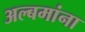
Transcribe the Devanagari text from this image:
अल्बमांना